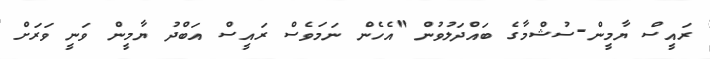
ރައީސް ޔާމީން-ސުޝްމާގެ ބައްދަލުވުން "އެހެން ނަމަވެސް ރައީސް އަބްދު ޔާމީން ވަނީ ވަރަށް